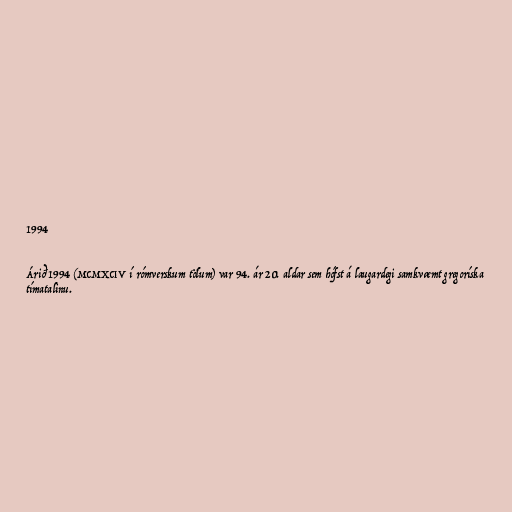
1994

Árið 1994 (MCMXCIV í rómverskum tölum) var 94. ár 20. aldar sem hófst á laugardegi samkvæmt gregoríska
tímatalinu.